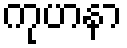
ကုဟနာ